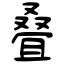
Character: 叠